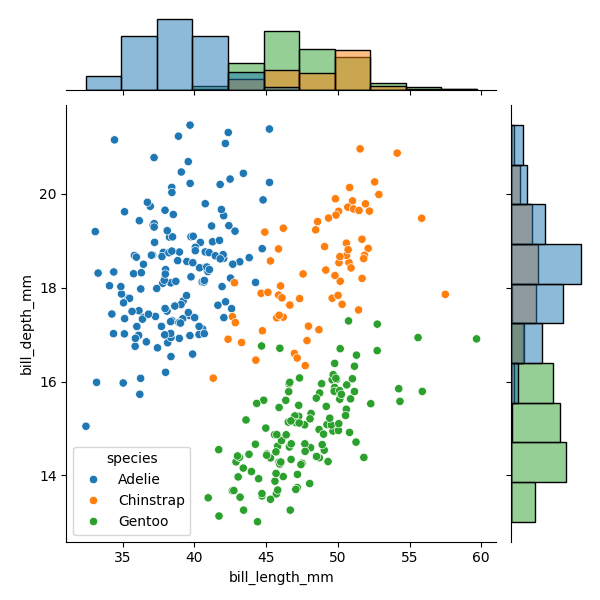
python, seaborn, JointGrid, scatterplot, histplot, hue